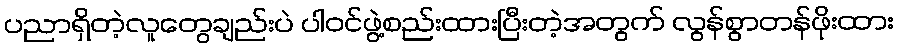
ပညာရှိတဲ့လူတွေချည်းပဲ ပါဝင်ဖွဲ့စည်းထားပြီးတဲ့အတွက် လွန်စွာတန်ဖိုးထား